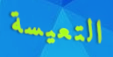
التعيسة